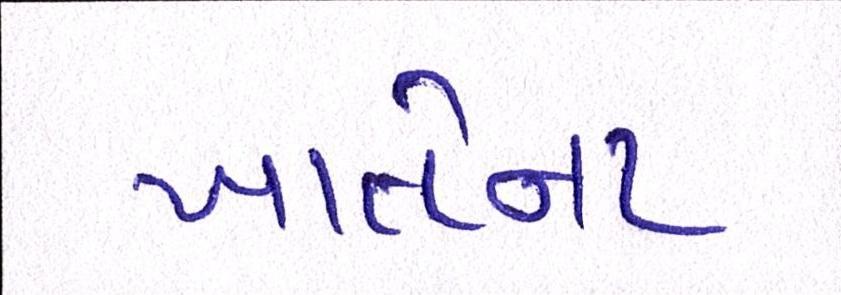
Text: ખાતેના